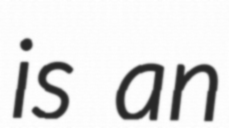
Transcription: is an